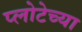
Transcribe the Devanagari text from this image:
प्लोटेच्या